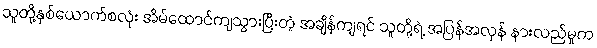
သူတို့နှစ်ယောက်စလုံး အိမ်ထောင်ကျသွားပြီးတဲ့ အချိန်ကျရင် သူတို့ရဲ့ အပြန်အလှန် နားလည်မှုက